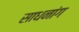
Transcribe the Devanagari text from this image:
साधनांग